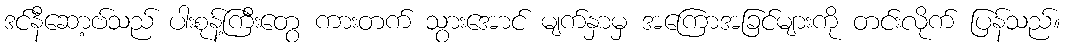
ဒင်နီဆော့ဗ်သည် ပါးစုန့်ကြီးတွေ ကားတက် သွားအောင် မျက်နှာမှ အကြောအခြင်များကို တင်းလိုက် ပြန်သည်။